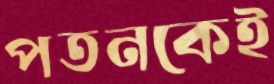
পতনকেই